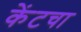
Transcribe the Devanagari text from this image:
केंटचा